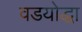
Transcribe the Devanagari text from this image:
वडयोद्धा